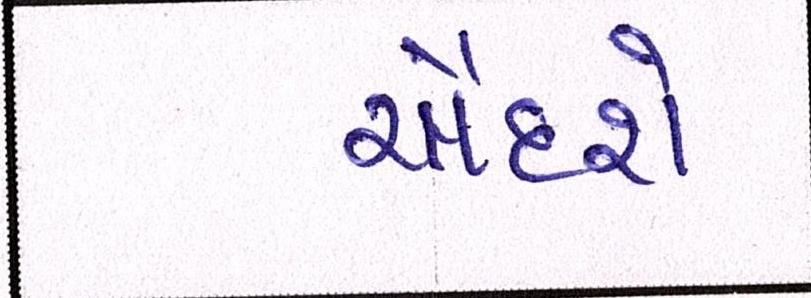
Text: ચૌદશે